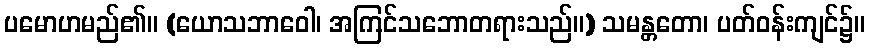
ပမောဟမည်၏။ (ယောသဘာဝေါ၊ အကြင်သဘောတရားသည်။) သမန္တတော၊ ပတ်ဝန်းကျင်၌။